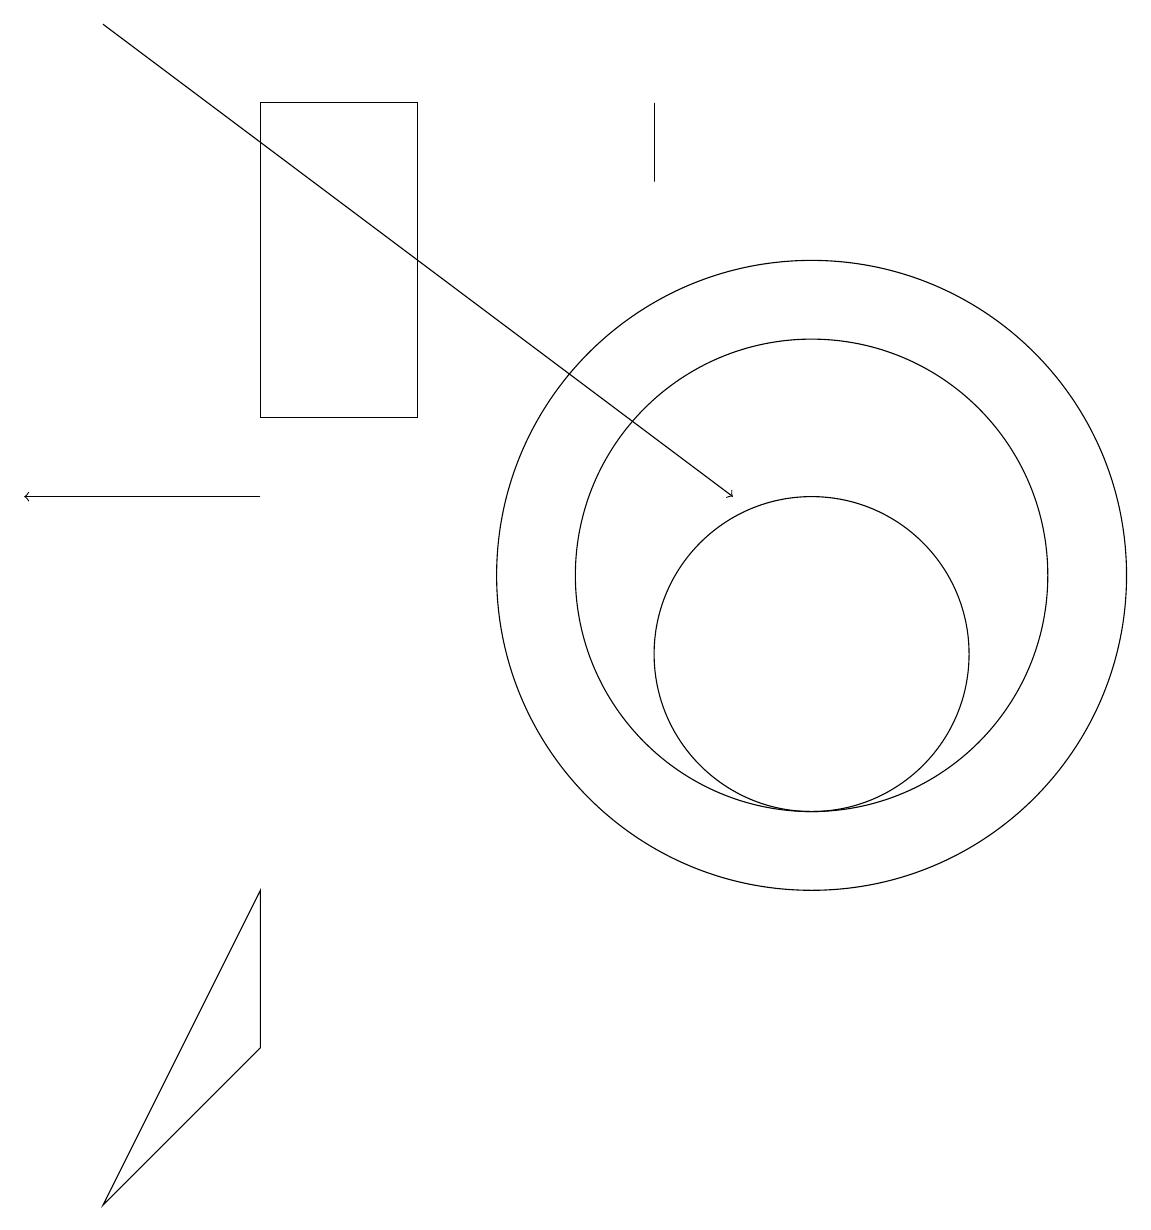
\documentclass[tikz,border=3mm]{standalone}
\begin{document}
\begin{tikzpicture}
\draw (3,7) -- (3,5) -- (1,3) -- cycle;
\draw (10,11) circle (3);
\draw[->] (3,12) -- (0,12);
\draw (10,11) circle (4);
\draw (10,10) circle (2);
\draw[->] (1,18) -- (9,12);
\draw (8,16) rectangle (8,17);
\draw (5,17) rectangle (3,13);
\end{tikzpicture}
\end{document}